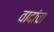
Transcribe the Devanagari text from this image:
वादांचा